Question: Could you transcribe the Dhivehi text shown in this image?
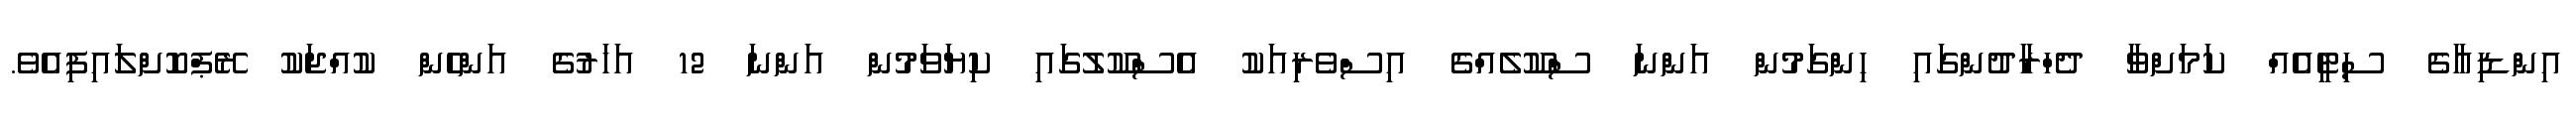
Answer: އިންޑިއާގެ ސިޓީއެއް ކަމަށްވާ ދެހްރާދުންގައި ހިންގަމުން އަންނަ ސްކޫލެއްގެ އިސްވެރިއަކު އެސްކޫލުގައި ކިޔަވަމުން އަންނަ 12 އަހަރުގެ އަންހެން ކުއްޖަކު ރޭޕްކޮށްލައިފިއެވެ.